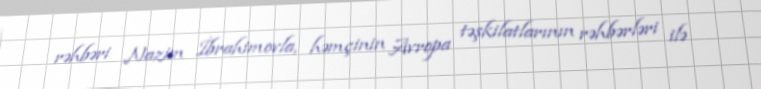
rəhbəri Nazim İbrahimovla, həmçinin Avropa təşkilatlarının rəhbərləri ilə